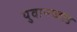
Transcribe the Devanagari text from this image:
युवानच्वांड